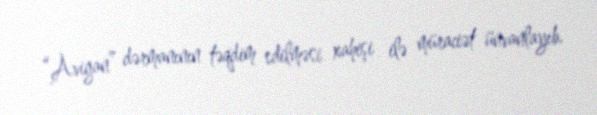
“Avigan” dərmanının təqdim edilməsi xahişi ilə müraciət ünvanlayıb.